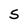
Character: 5